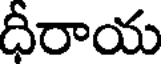
ధీరాయ